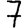
Digit: 7